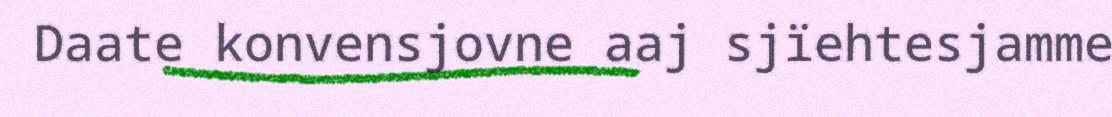
Daate konvensjovne aaj sjïehtesjamme